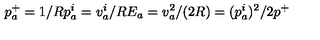
p _ { a } ^ { + } = 1 / R p _ { a } ^ { i } = v _ { a } ^ { i } / R E _ { a } = v _ { a } ^ { 2 } / ( 2 R ) = ( p _ { a } ^ { i } ) ^ { 2 } / 2 p ^ { + }